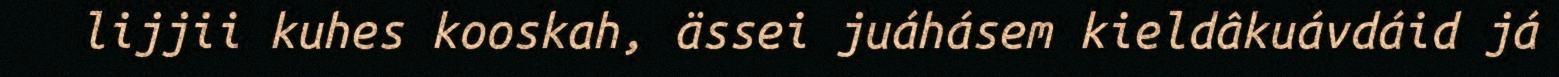
lijjii kuhes kooskah, ässei juáhásem kieldâkuávdáid já